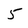
Character: 5